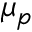
\mu _ { p }